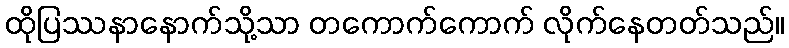
ထိုပြဿနာနောက်သို့သာ တကောက်ကောက် လိုက်နေတတ်သည်။